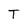
Character: T